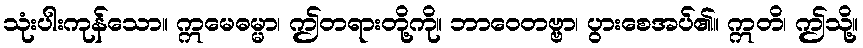
သုံးပါးကုန်သော။ ဣမေဓမ္မာ၊ ဤတရားတို့ကို။ ဘာဝေတဗ္ဗာ၊ ပွားစေအပ်၏။ ဣတိ၊ ဤသို့။